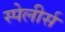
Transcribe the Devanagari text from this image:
स्पेलीर्स